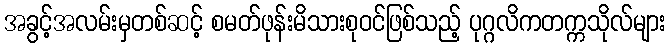
အခွင့်အလမ်းမှတစ်ဆင့် စမတ်ဖုန်းမိသားစုဝင်ဖြစ်သည့် ပုဂ္ဂလိကတက္ကသိုလ်များ